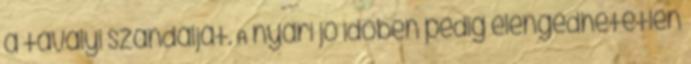
a tavalyi szandálját. A nyári jó időben pedig elengedhetetlen